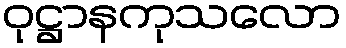
ဝုဋ္ဌာနကုသလော